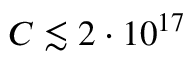
C \lesssim 2 \cdot 1 0 ^ { 1 7 }